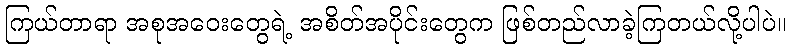
ကြယ်တာရာ အစုအဝေးတွေရဲ့ အစိတ်အပိုင်းတွေက ဖြစ်တည်လာခဲ့ကြတယ်လို့ပါပဲ။